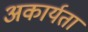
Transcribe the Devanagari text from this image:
अकार्यता